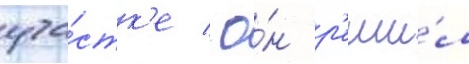
уча́стк'е / о́н р'еши́л